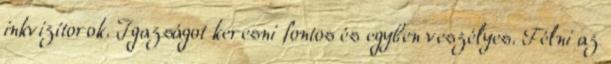
inkvizítorok. Igazságot keresni fontos és egyben veszélyes. Félni az